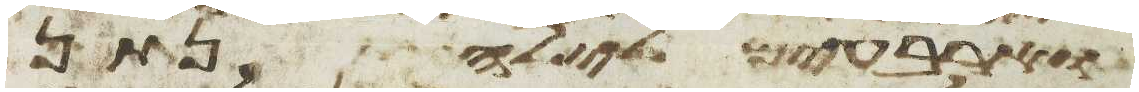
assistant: וארבעים לילה נתן